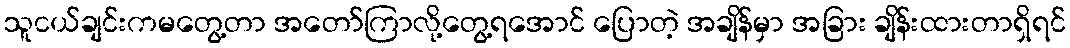
သူငယ်ချင်းကမတွေ့တာ အတော်ကြာလို့တွေ့ရအောင် ပြောတဲ့ အချိန်မှာ အခြား ချိန်းထားတာရှိရင်